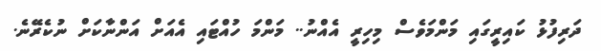
ދަރިފުޅު ކައިރީގައި މަންމަވެސް މިހިރީ އެއްނު.. މަންމަ ހުއްޓައި އެއަށް އަންނާކަށް ނުކެރޭނެ.